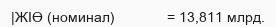
|ЖІӨ (номинал)             = 13,811 млрд.